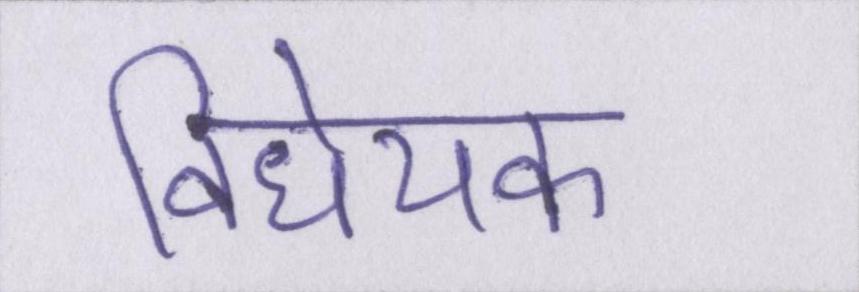
विधेयक